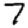
Digit: 7